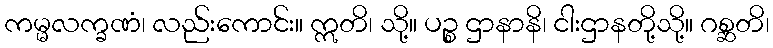
ကမ္မလက္ခဏံ၊ လည်းကောင်း။ ဣတိ၊ သို့။ ပဉ္စ ဌာနာနိ၊ ငါးဌာနတို့သို့။ ဂစ္ဆတိ၊